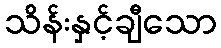
သိန်းနှင့်ချီသော